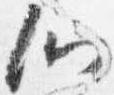
心